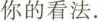
你的看法.